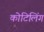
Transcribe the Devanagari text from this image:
कोटिलिंग